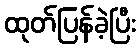
ထုတ်ပြန်ခဲ့ပြီး